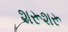
શરૂશરૂ